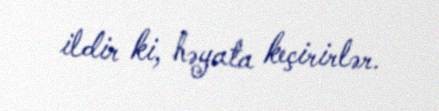
ildir ki, həyata keçirirlər.